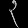
Digit: ၃